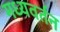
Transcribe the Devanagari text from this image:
मध्यवर्तन